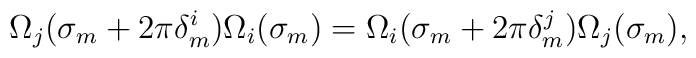
\Omega_j(\sigma_m +2\pi\delta^{i}_{m})\Omega_i(\sigma_m)=\Omega_i(\sigma_m+2\pi\delta^{j}_{m})\Omega_j(\sigma_m),